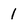
Character: 1